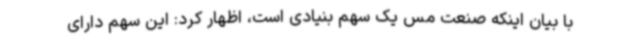
با بیان اینکه صنعت مس یک سهم بنیادی است، اظهار کرد: این سهم دارای